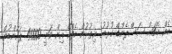
އެއް މެޗަށް ސަސްޕެންޑް ކުރުމުގެ އިތުރުން އެފްއޭ އިން ވަނީ 40000 ޕައުންޑުން